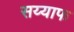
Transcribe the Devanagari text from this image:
सय्याफ